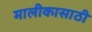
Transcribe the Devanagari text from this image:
मालीकासाठी